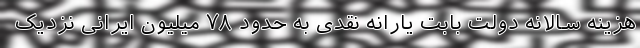
هزینه سالانه دولت بابت یارانه نقدی به حدود ۷۸ میلیون ایرانی نزدیک